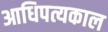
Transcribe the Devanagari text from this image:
आधिपत्यकाल